Annual report on the working of the mental hospitals in the Madras Presidency - 1912-1932
Year: 1912
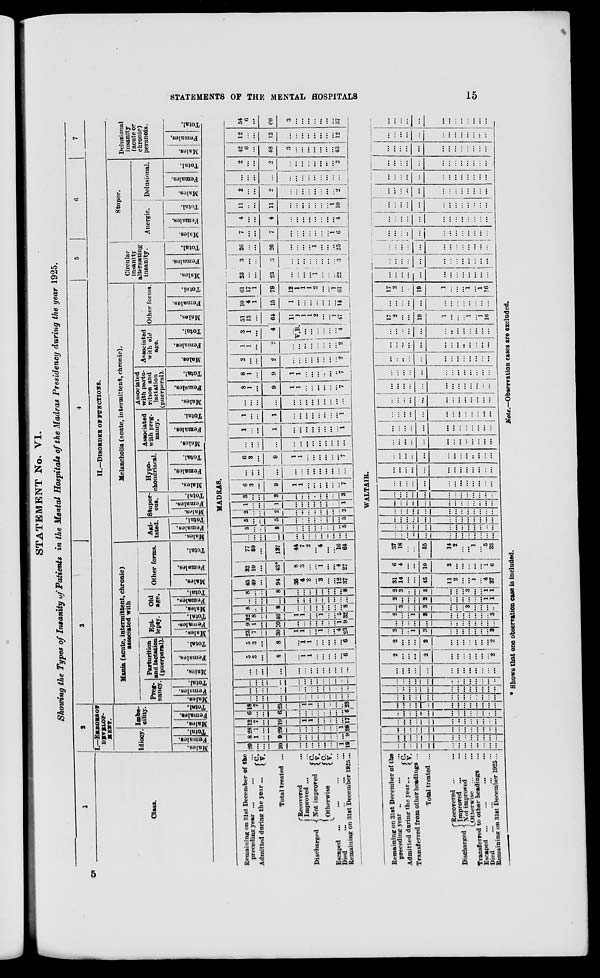
STATEMENTS OF THE MENTAL HOSPITALS
15
STATEMENT No. VI.
Showing the Types of Insanity of Patients in the Mental Hospitals of the Madras Presidency during the year 1925.
1
Class.
Remaining on 31st December of the
preceding year ... ... ...
Admitted during the year ...
C.
V.
Total treated ...
Discharged
Recovered ...
Improved ...
...
Not improved
Otherwise
C.
V.
C.
V.
Escaped
... ... ... ...
Died
...
...
...
...
Remaining on 31st December 1925 ...
2
I.—ERRORS
OF
DEVELOP-
MENT.
Idiocy.
Males.
Females.
Total.
Imbe-
cility.
Males.
Females.
Total.
3
4
5
6
7
II.—DISORDER OF FUNCTIONS.
Mania (acute, intermittent, chronic)
associated with
Preg-
nancy.
Males.
Females.
Total.
Parturition
and lactation
(puerperal).
Males.
Females.
Total.
Epi-
lepsy.
Males.
Females.
Total.
Old
age.
Males.
Females.
Total.
Other forms.
Males.
Females.
Total.
Melancholia (acute, intermittent, chronic).
Agi-
tated.
Males.
Females.
Total.
Stupor-
ous.
Males.
Females.
Total.
Hypo-
chondriacal.
Males.
Females.
Total.
Associated
with preg-
nancy.
Males.
Females.
Total.
Associated
with partu-
rition and
lactation
(puerperal).
Males.
Females.
Total.
Associated
with old
age.
Males.
Females.
Total.
Other forms.
Males.
Females.
Total.
Circular
insanity
alternating
insanity.
Males.
Females.
Total.
Stupor.
Anergic.
Males.
Females.
Total.
Delusional.
Males.
Females.
Total.
Delusional
insanity
(acute or
chronic)
peranoia.
Males.
Females.
Total.
MADRAS.
20
...
...
20
...
...
...
...
...
...
...
1
19
8
1
...
9
...
...
...
...
...
...
...
...
9
28
1
...
29
...
...
...
...
...
...
...
1
28
12
7
...
19
...
1
1
...
...
...
...
...
17
6
...
...
6
...
...
...
...
..
...
...
...
6
18
7
...
25
...
1
1
...
...
...
...
...
23
...
...
...
...
...
...
...
...
..
...
...
...
...
...
...
...
...
...
...
...
...
...
...
...
...
...
...
...
...
...
...
...
...
...
...
...
...
...
...
...
...
...
...
...
...
...
...
...
...
...
...
...
5
3
...
8
...
1 1
...
...
...
...
...
6
5
3
...
8
...
1
1
...
...
...
...
...
6
23
7
...
30
1
1
...
...
1
...
...
4
23
9
1
...
10
...
...
...
...
...
...
...
1
9
32
8
...
40
1
1
...
...
1
...
...
5
32
8
...
...
8
...
...
...
...
...
...
...
...
8
...
...
...
...
...
...
...
...
...
...
...
...
...
8
...
...
8
...
...
...
...
...
...
8
45
49
...
94
36
4
2
...
3
...
...
12
37
32
10
...
43*
8
3
...
...
1
...
...
4
27
77
59
...
137
44
7
2
...
4
...
...
16
64
...
...
...
...
...
...
...
...
...
...
...
...
...
5
...
...
5
...
...
...
...
...
...
...
...
5
5
...
...
5
...
...
...
...
...
...
...
...
5
2
...
...
2
...
...
...
...
...
...
...
...
2
1
...
...
1
...
...
...
...
...
...
...
...
1
3
...
...
3
...
...
...
...
...
...
...
...
3
6
3
...
9
1
1
...
...
...
...
...
...
7
...
...
...
...
...
...
...
...
...
...
...
...
...
6
3
...
9
1
1
...
...
...
...
...
...
7
...
...
...
...
...
...
...
...
...
...
...
...
...
1
...
...
1
...
...
...
...
...
...
...
...
1
1
...
...
1
...
...
...
...
...
...
...
...
1
...
...
...
...
...
...
...
...
...
...
...
...
...
8
1
...
9
1
1
...
...
...
...
...
...
7
8
1
...
9
1
1
...
...
...
...
..
7
2
...
...
2
...
...
...
...
...
...
...
2
1
1
...
2
...
...
...
...
...
...
...
...
2
3
1
...
4
...
V.B ...
...
...
...
...
...
4
51
13
...
64
11
1
1
1
2
...
...
1
47
10
4
1
15
1
...
...
...
...
...
...
...
14
61
17
1
79
12
1
1
1
2
...
...
1
61
23
...
...
23
...
...
...
...
1
...
...
...
22
3
...
...
3
...
...
...
...
...
...
...
...
3
26
...
...
26
...
...
...
...
1
...
...
...
25
7
...
...
7
...
...
...
...
...
...
...
1
6
4
...
...
4
...
...
...
...
...
...
...
...
4
11
...
...
11
...
...
...
...
...
...
...
1
10
2
...
...
2
...
...
...
...
...
...
...
...
2
...
...
...
...
...
...
...
...
...
...
...
...
...
2
...
...
2
...
...
...
...
...
...
...
...
2
42
6
...
48
3
...
...
...
...
...
...
...
45
12
...
...
12
...
...
...
...
...
...
...
...
12
54
6
60
3
...
...
...
...
...
...
...
57
Remaining on 31st December of the
preceding year ... ... ...
Admitted during the year ...
C.
V.
Transferred from other headings ...
Total treated ...
Discharged
Recovered ... ...
Improved ... ...
Not improved ...
Otherwise ... ...
Transferred to other headings ...
Escaped ... ... ... ...
Died ... ... ... ...
Remaining on 31st December 1925 ...
WALTAIR.
...
...
...
...
...
...
...
...
...
...
...
...
...
...
...
...
...
...
...
...
...
...
...
...
...
...
...
...
...
...
...
...
...
...
...
...
...
...
...
...
...
...
...
...
...
...
...
...
...
...
...
...
...
...
...
...
...
...
...
...
...
...
...
...
...
...
...
...
...
...
...
...
...
...
...
...
...
...
...
...
...
...
...
...
...
...
...
...
...
...
...
...
...
...
...
...
...
...
...
...
...
...
...
...
...
...
...
...
...
...
...
...
...
...
...
...
...
...
...
...
...
...
...
...
...
...
...
...
2
...
...
...
2
...
...
...
...
...
...
...
2
2
...
...
...
2
...
...
...
...
...
...
2
2
...
...
1
3
...
...
...
...
...
...
...
3
...
...
...
...
...
...
...
...
...
...
...
...
...
2
...
...
1
3
...
...
...
...
...
...
...
3
...
3
...
...
3
...
...
...
3
...
...
...
...
2
...
...
...
2
...
...
...
...
...
...
1
1
2
3
...
5
...
...
...
3
...
...
1
1
31
14
...
...
45
11
2
...
...
1
...
4
27
6
4
...
...
10
3
...
...
...
...
...
1
6
37
18
...
...
55
14
2
...
...
1
...
5
33
...
...
...
...
...
...
...
...
...
...
...
...
...
...
...
...
...
...
...
...
...
...
...
...
...
...
...
...
...
...
...
...
...
...
...
...
...
...
...
...
...
...
...
...
...
...
...
...
...
...
...
...
...
...
...
...
...
...
...
...
...
...
...
...
...
...
...
...
...
...
...
...
...
...
...
...
...
...
...
...
...
...
...
...
...
...
...
...
...
...
...
...
...
...
...
...
...
...
...
...
...
...
...
...
...
...
...
...
...
...
...
...
...
..
...
...
...
...
...
...
...
...
...
...
...
...
...
...
...
...
...
...
...
...
...
...
...
...
...
...
...
...
...
...
...
...
...
...
...
...
...
...
...
...
...
...
...
...
...
...
...
...
...
...
...
...
...
...
...
...
...
...
...
...
...
...
...
...
...
...
...
...
...
...
...
...
...
...
...
...
...
...
...
...
...
...
...
...
...
...
...
...
...
...
...
...
...
...
...
...
...
...
...
...
...
...
...
...
...
...
...
...
...
...
...
...
...
...
...
...
17
2
...
...
19
1
...
...
...
1
...
1
l6
...
...
...
...
...
...
...
...
...
...
...
...
...
17
2
...
...
19
1
...
...
...
1
...
1
16
...
...
...
...
...
...
...
...
...
...
...
...
...
...
...
...
...
...
...
...
...
...
...
...
...
...
...
...
...
...
...
...
...
...
...
...
...
...
...
...
...
...
...
...
...
...
...
...
...
...
...
...
...
...
...
...
...
...
...
...
...
...
...
...
...
...
...
...
...
...
...
...
...
...
...
...
...
...
...
...
...
...
...
...
...
...
...
...
...
...
...
...
...
...
...
...
...
...
...
...
...
...
...
...
...
...
...
...
...
...
...
...
...
...
...
...
...
...
...
...
...
...
...
...
...
...
...
...
...
...
...
...
...
...
...
...
...
...
...
...
...
...
...
...
...
...
...
...
...
...
...
...
...
...
* Shows that one observation case is included.
Note.—Observation cases are excluded.
5